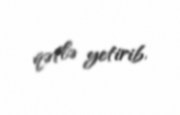
qətlə yetirib.